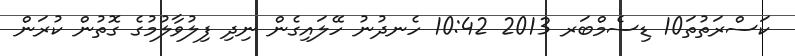
ކަސްރަތުތަ10 ޑިސެމްބަރ 2013 10:42 ހެނދުނު ހޭލައިގެން ނިދި ފިލުވާލުމުގެ ގޮތުން ކުރަން